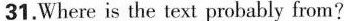
31.Where is the text probably from?